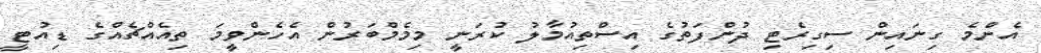
އެންމެ ގިނައިން ސިގިރެޓި ދުންފަތުގެ އިސްތިއުމާލު ކުރަނީ މިމެމްބަރުން އެހެންވީމަ ތިއެއްޗެއްގެ ޑިއުޓީ